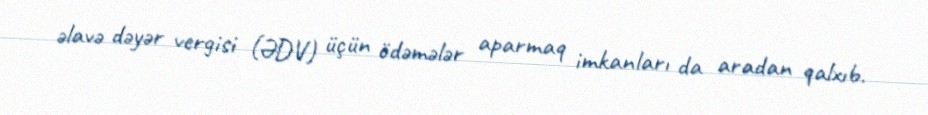
əlavə dəyər vergisi (ƏDV) üçün ödəmələr aparmaq imkanları da aradan qalxıb.